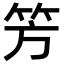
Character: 𥫳